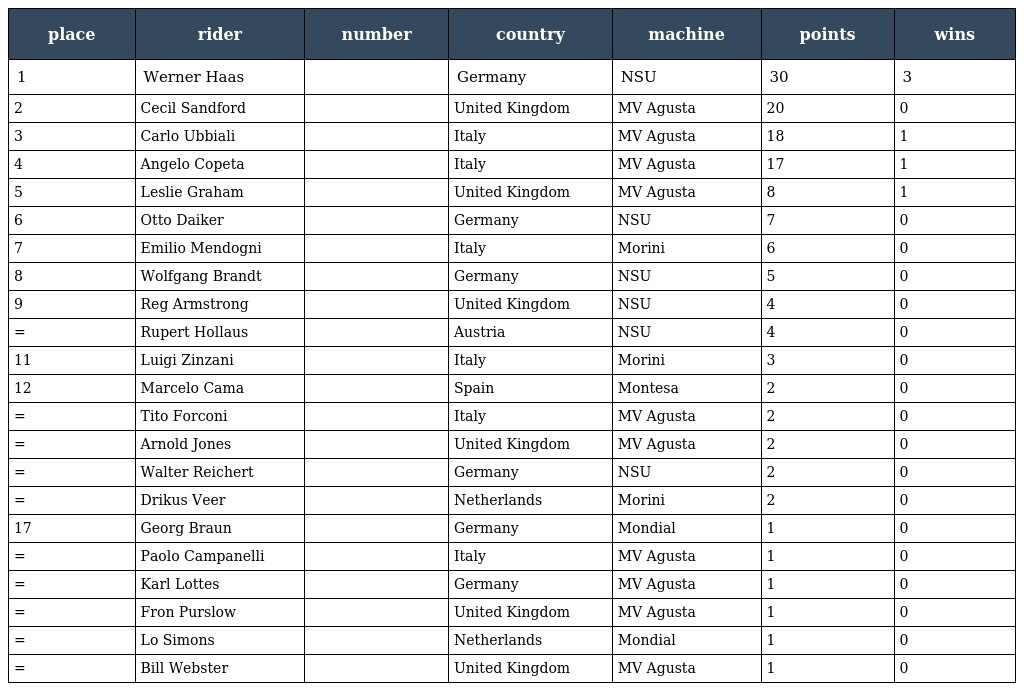
| place | rider | number | country | machine | points | wins |
 | --- | --- | --- | --- | --- | --- | --- |
 | 1 | Werner Haas |  | Germany | NSU | 30 | 3 |
 | 2 | Cecil Sandford |  | United Kingdom | MV Agusta | 20 | 0 |
 | 3 | Carlo Ubbiali |  | Italy | MV Agusta | 18 | 1 |
 | 4 | Angelo Copeta |  | Italy | MV Agusta | 17 | 1 |
 | 5 | Leslie Graham |  | United Kingdom | MV Agusta | 8 | 1 |
 | 6 | Otto Daiker |  | Germany | NSU | 7 | 0 |
 | 7 | Emilio Mendogni |  | Italy | Morini | 6 | 0 |
 | 8 | Wolfgang Brandt |  | Germany | NSU | 5 | 0 |
 | 9 | Reg Armstrong |  | United Kingdom | NSU | 4 | 0 |
 | = | Rupert Hollaus |  | Austria | NSU | 4 | 0 |
 | 11 | Luigi Zinzani |  | Italy | Morini | 3 | 0 |
 | 12 | Marcelo Cama |  | Spain | Montesa | 2 | 0 |
 | = | Tito Forconi |  | Italy | MV Agusta | 2 | 0 |
 | = | Arnold Jones |  | United Kingdom | MV Agusta | 2 | 0 |
 | = | Walter Reichert |  | Germany | NSU | 2 | 0 |
 | = | Drikus Veer |  | Netherlands | Morini | 2 | 0 |
 | 17 | Georg Braun |  | Germany | Mondial | 1 | 0 |
 | = | Paolo Campanelli |  | Italy | MV Agusta | 1 | 0 |
 | = | Karl Lottes |  | Germany | MV Agusta | 1 | 0 |
 | = | Fron Purslow |  | United Kingdom | MV Agusta | 1 | 0 |
 | = | Lo Simons |  | Netherlands | Mondial | 1 | 0 |
 | = | Bill Webster |  | United Kingdom | MV Agusta | 1 | 0 |